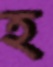
হ